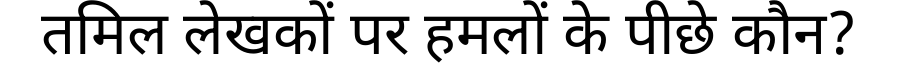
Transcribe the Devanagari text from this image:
तमिल लेखकों पर हमलों के पीछे कौन?